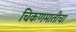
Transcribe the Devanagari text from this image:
चिकणमातीचा